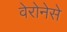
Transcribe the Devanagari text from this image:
वेरोनेसे